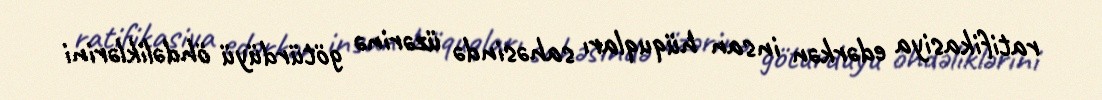
ratifikasiya edərkən insan hüquqları sahəsində üzərinə götürdüyü öhdəliklərini